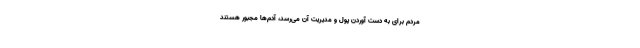
مردم برای به دست آوردن پول و مدیریت آن می‌رسد، آدم‌ها مجبور هستند